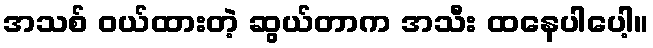
အသစ် ဝယ်ထားတဲ့ ဆွယ်တာက အသီး ထနေပါပေါ့။